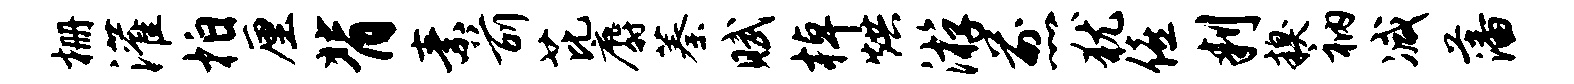
栅灌拍厘背素前芘麝蓁赋棹烘游煎犹僖判糗衲减藩